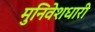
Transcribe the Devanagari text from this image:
मुनिवेशधारी